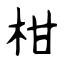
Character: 柑